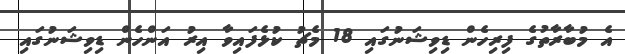
އެ މުބާރާތުގެ ފިރިހެން ޑިވިޝަނުގައި 18 މެޗު ކުޅެފައިވާ އިރު އަންހެން ޑިވިޝަނުގައި